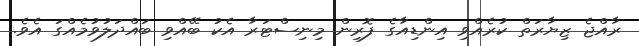
ރާއްޖެ ޒިޔާރަތް ކުރެއްވި އިންޑިއާގެ ފޮރިން މިނިސްޓަރާ އެކު ބޭއްވި ބައްދަލުވުމެއްގަ އެވެ.